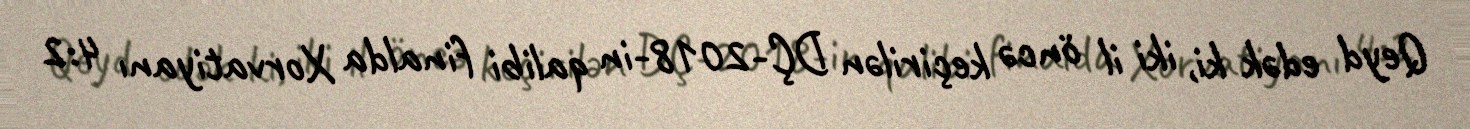
Qeyd edək ki, iki il öncə keçirilən DÇ-2018-in qalibi finalda Xorvatiyanı 4:2